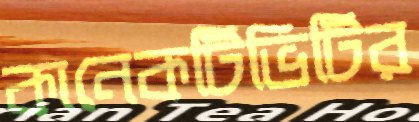
কানেকটিভিটির